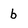
Character: b